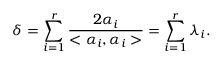
\delta = \sum _ { i = 1 } ^ { r } \frac { 2 \alpha _ { i } } { < \alpha _ { i } , \alpha _ { i } > } = \sum _ { i = 1 } ^ { r } \lambda _ { i } .